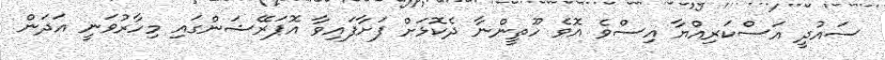
ސައުދީ އަސްކަރިއްޔާ އިސްވެ އޮވެ ހޫތީންނާ ދެކޮޅަށް ފަށާފައިވާ އޮޕަރޭޝަންގައި މިހާރުވަނީ އަދަން